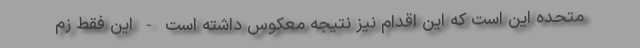
متحده این است که این اقدام نیز نتیجه معکوس داشته است - این فقط زم